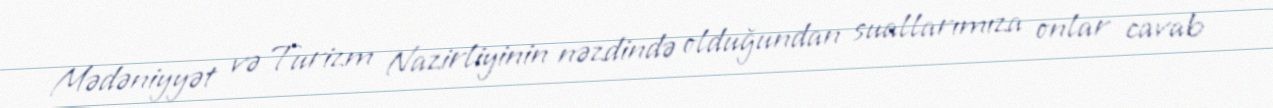
Mədəniyyət və Turizm Nazirliyinin nəzdində olduğundan suallarımıza onlar cavab